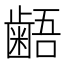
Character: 𪘚